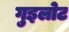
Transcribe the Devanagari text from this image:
गुइलोट